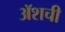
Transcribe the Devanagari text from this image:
ॲशची